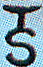
TS